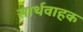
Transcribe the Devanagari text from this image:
सार्थवाहक